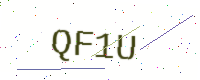
Text: QF1U